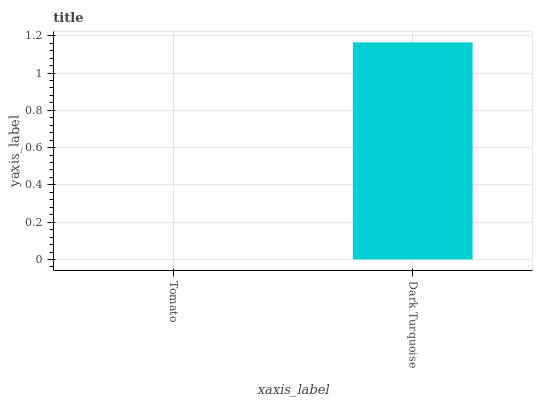
| xaxis_label | bars |
 | --- | --- |
 | Tomato | 0 |
 | Dark Turquoise | 1.16 |